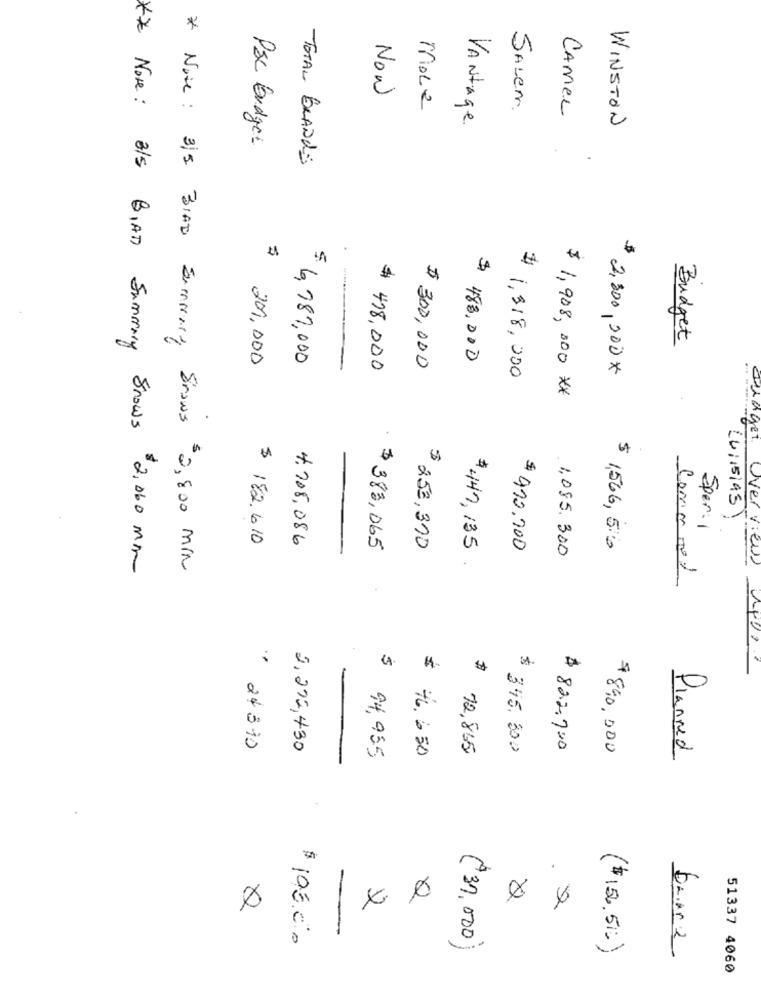
Now
more
SALen.
CAMEL
VANtage.
WINSTON
** Note:
Psc Budget
TOTAL BRANDS
* Note : 3/5 3IAD Summary
Budget
201,000
$ 6,787,000
$ 300,000
$ 483,000
$ 478,000
$ 1,318,000
$ 2,300,000*
$ 1,908, 000 **
BIAT Summary Snows
Luiisias)
Speri
$ 182.610
4.708,086
$ 253,370
$ 447, 135
$ 383,065
$ 910.700
1,085.300
$ 1566, 5:0
Overview
For a, Snows $2,800 MIN
Come not
5
24310
2,272,430
94,955
$ 72,865
$ 345.300
$ 822.700
$890,000
.650
Planned
$ 105.00
(37.000)
($12.51)
51337 4060